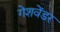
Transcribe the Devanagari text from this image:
गेशवेंडर